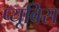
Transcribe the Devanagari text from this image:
प्यूबिस